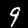
Digit: 9